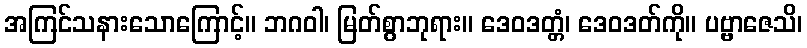
အကြင်သနားသောကြောင့်။ ဘဂဝါ၊ မြတ်စွာဘုရား။ ဒေဝဒတ္တံ၊ ဒေဝဒတ်ကို။ ပဗ္ဗာဇေသိ၊